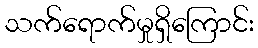
သက်ရောက်မှုရှိကြောင်း